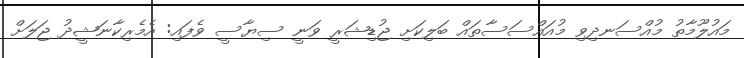
މައުލޫމާތު މުއްސަނދިވި މުއައްސަސާތައް ބަލިކަށި ޖުޑިޝަރީ ވަނީ ސިޔާސީ ވެފައި: އެމެރިކާނަޝީދު ޖަލަށް